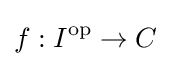
f:I^{\text{op}}\to C